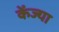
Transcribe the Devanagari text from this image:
केंज्या